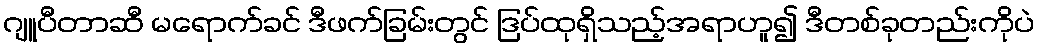
ဂျူပီတာဆီ မရောက်ခင် ဒီဖက်ခြမ်းတွင် ဒြပ်ထုရှိသည့်အရာဟူ၍ ဒီတစ်ခုတည်းကိုပဲ